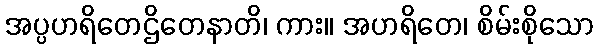
အပ္ပဟရိတေဌိတေနာတိ၊ ကား။ အဟရိတေ၊ စိမ်းစိုသော